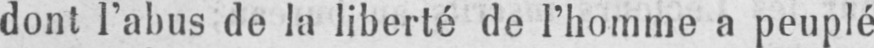
dont l’abus de la liberté de l’homme a peuplé